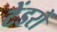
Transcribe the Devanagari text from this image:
टेंडरों